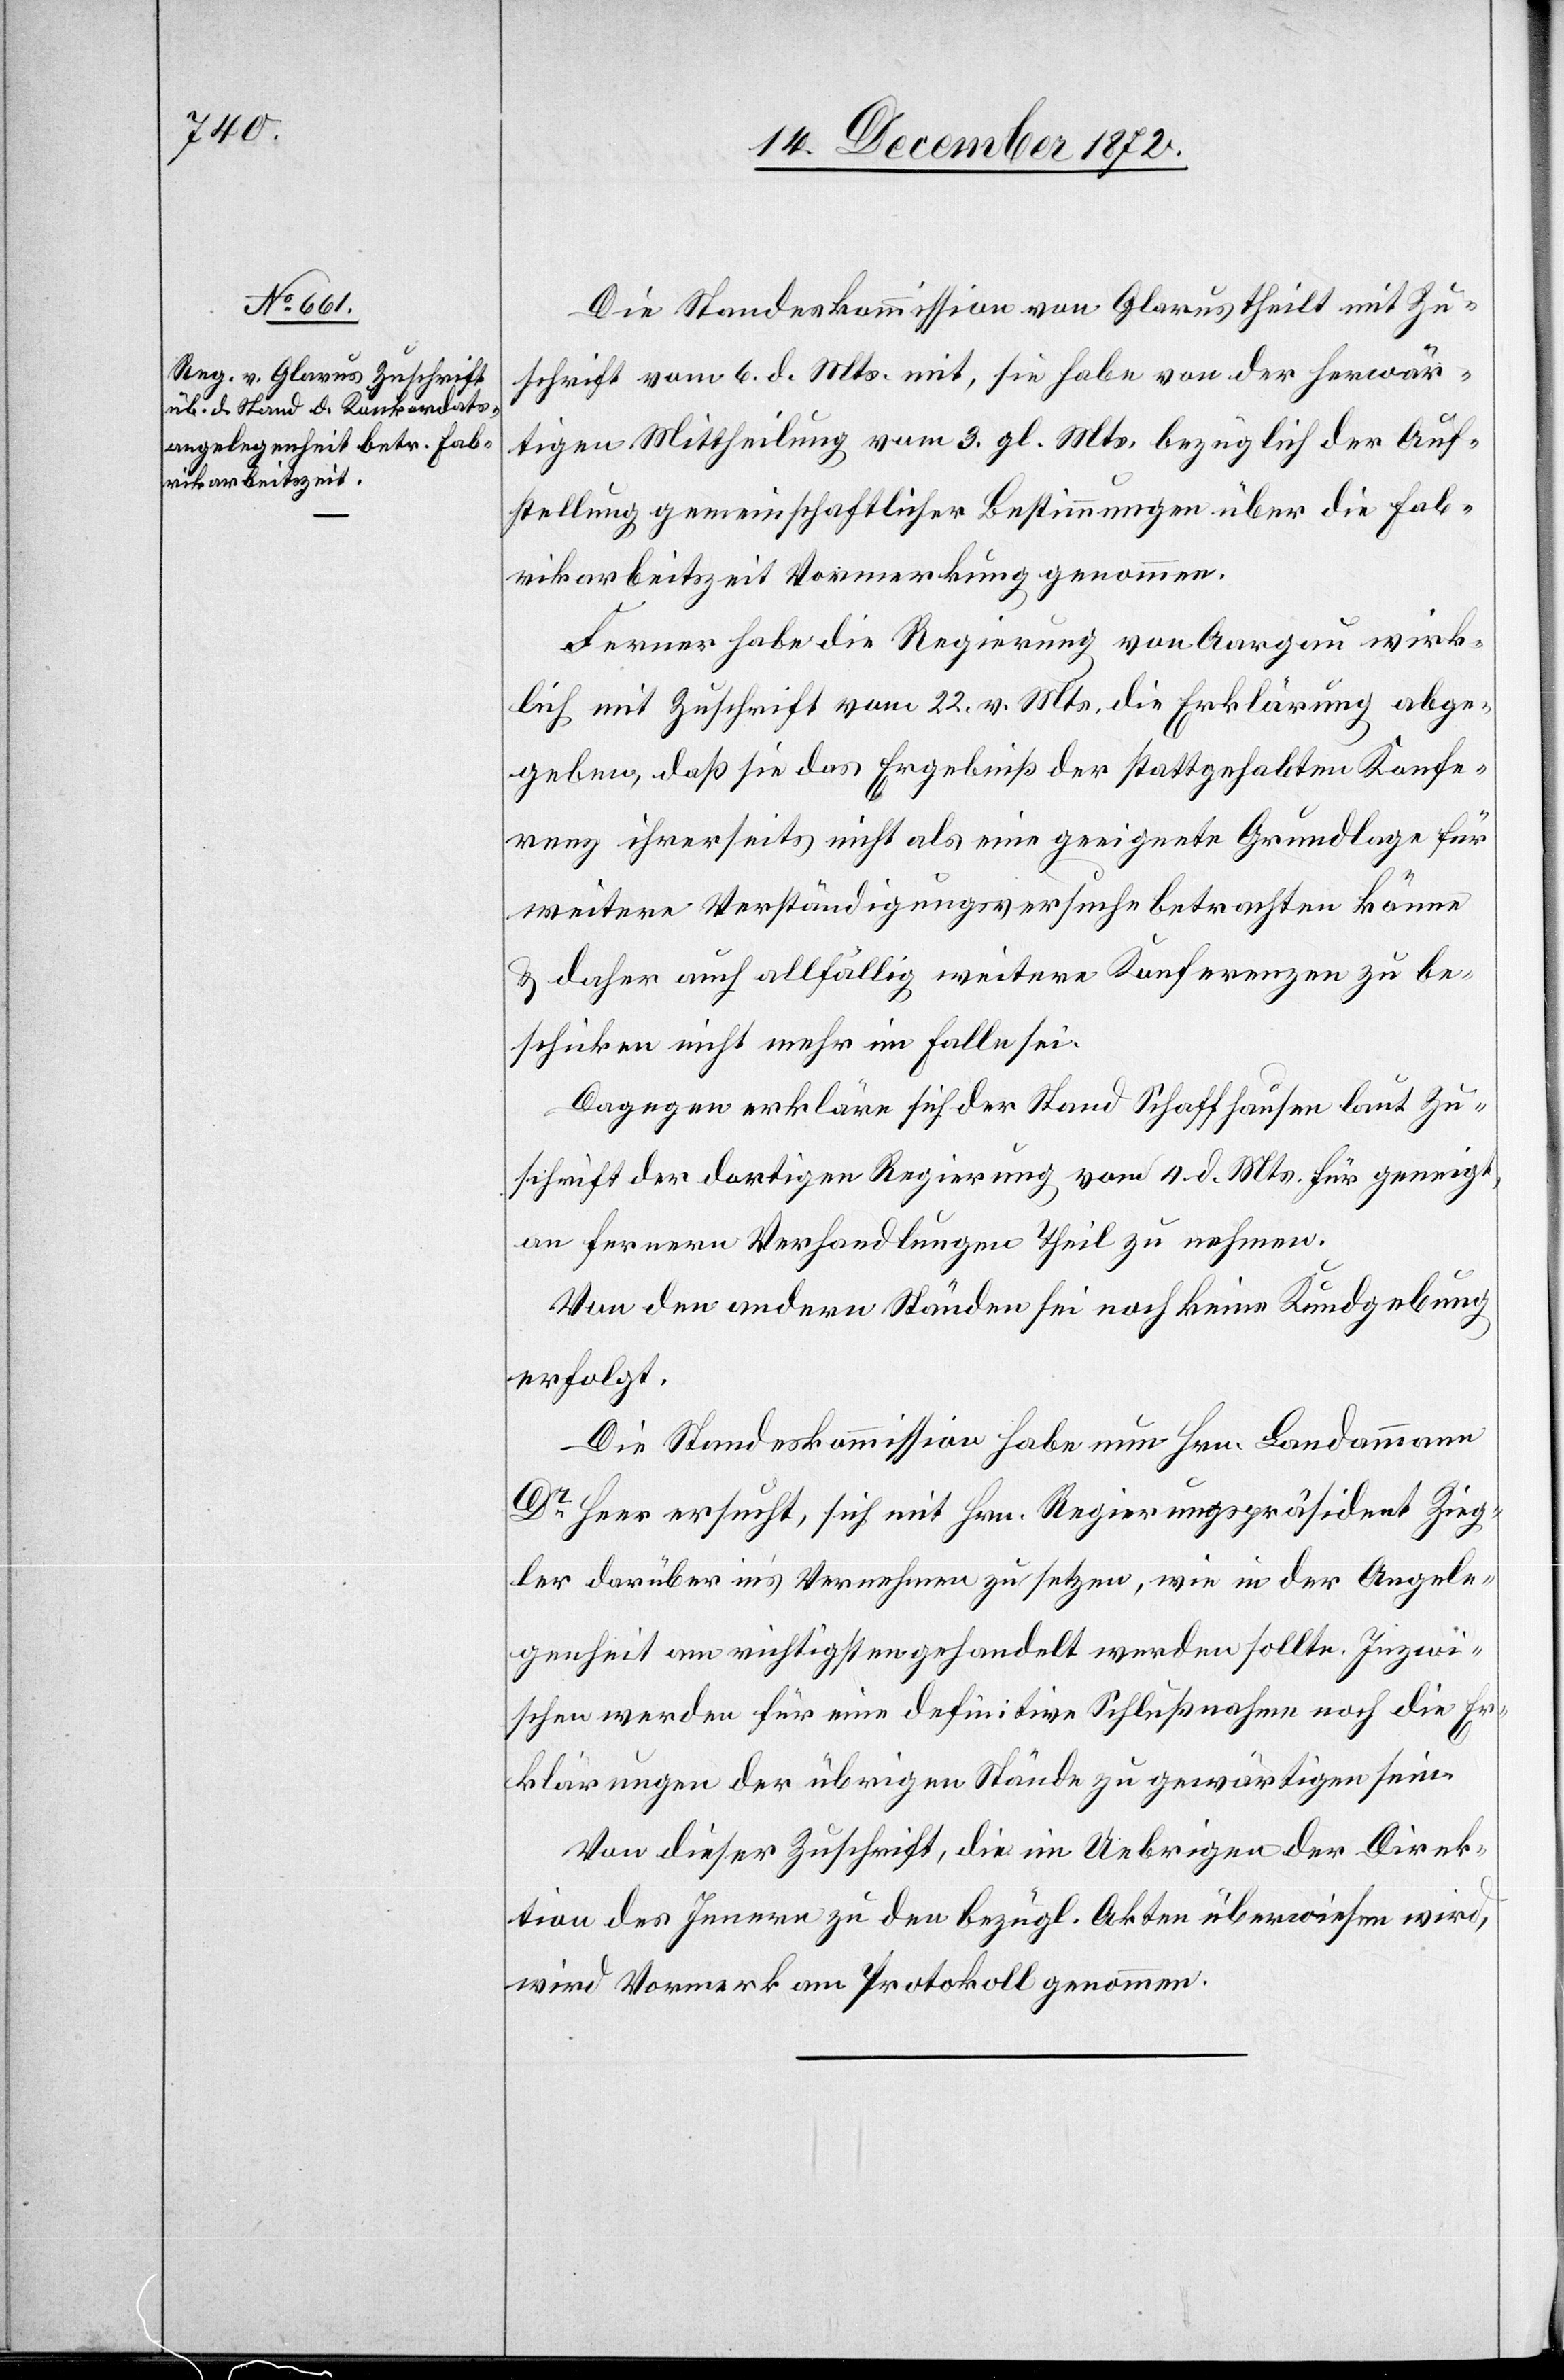
Die Standeskommission von Glarus theilt mit Zu¬
schrift vom 6. d. Mts. mit, sie habe von der herwär¬
tigen Mittheilung vom 3. gl. Mts. bezüglich der Auf¬
stellung gemeinschaftlicher Bestimmungen über die Fab¬
rikarbeitszeit Vormerkung genommen.
Ferner habe die Regierung von Aargau wirk¬
lich mit Zuschrift vom 22. v. Mts. die Erklärung abge¬
geben, daß sie das Ergebniß der stattgehabten Konfe¬
renz ihrerseits nicht als eine geeignete Grundlage für
weitere Verständigungsversuche betrachten könne
u. daher auch allfällig weitere Konferenzen zu be¬
schicken nicht mehr im Falle sei.
Dagegen erkläre sich der Stand Schaffhausen laut Zu¬
schrift der dortigen Regierung vom 4. d. Mts. für geneigt,
an fernern Verhandlungen Theil zu nehmen.
Von den andern Ständen sei noch keine Kundgebung
erfolgt.
Die Standeskommission habe nun Hrn. Landammann
Dr Heer ersucht, sich mit Hrn. Regierungspräsidenten Zieg¬
ler darüber in’s Vernehmen zu setzen, wie in der Angele¬
genheit am richtigsten gehandelt werden sollte. Inzwi¬
schen werden für eine definitive Schlußnahme noch die Er¬
klärungen der übrigen Stände zu gewärtigen sein.
Von dieser Zuschrift, die im Uebrigen der Direk¬
tion des Innern zu den bezügl. Akten überwiesen wird,
wird Vormerk am Protokoll genommen.